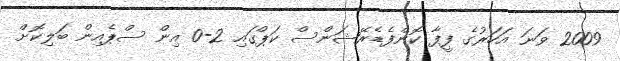
2009 ވަނަ އަހަރުގެ ފީފާ ކޮންފެޑެރޭޝަންސް ކަޕްގައި 2-0 އިން ސްޕެއިން ބަލިކޮށް